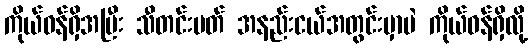
ကိုယ်ဝန်ရှိအပြီး သီတင်းပတ် အနည်းငယ်အတွင်းမှာပဲ ကိုယ်ဝန်ရှိလို့